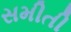
સમીતી